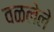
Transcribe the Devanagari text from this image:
वळलेले